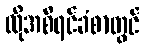
ထိုအစီရင်ခံစာတွင်